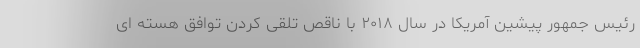
رئیس جمهور پیشین آمریکا در سال ۲۰۱۸ با ناقص تلقی کردن توافق هسته ای